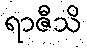
ရာဇီသိ